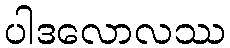
ပါဒလောလဿ